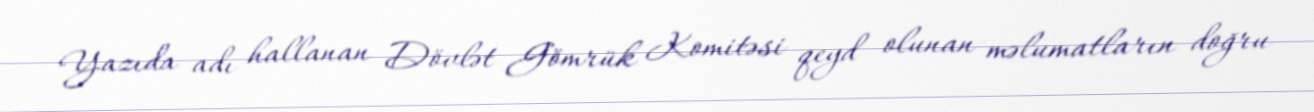
Yazıda adı hallanan Dövlət Gömrük Komitəsi qeyd olunan məlumatların doğru